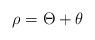
LaTeX: \begin{align*} \rho = \Theta + \theta \end{align*}